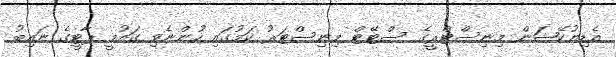
އެޑިޔުކޭޝަން މިނިސްޓްރީގެ ސްޓޭޓް މިނިސްޓަރު ކަމުގައި ހުންނެވި ގައުމީ ޕާޓީގެ ނައިބު